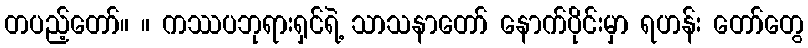
တပည့်တော်။ ။ ကဿပဘုရားရှင်ရဲ့ သာသနာတော် နောက်ပိုင်းမှာ ရဟန်း တော်တွေ